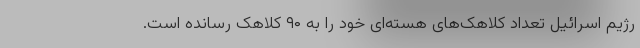
رژیم اسرائیل تعداد کلاهک‌های هسته‌ای خود را به ۹۰ کلاهک رسانده است.